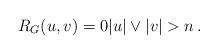
LaTeX: \begin{align*} R_G(u,v)=0|u|\vee|v|>n\,.\end{align*}